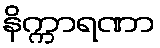
နိက္ကာရဏာ